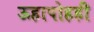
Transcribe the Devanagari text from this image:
ऊहापोहही